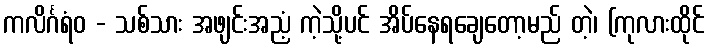
ကလိင်္ဂရံဝ - သစ်သား အဖျင်းအညံ့ ကဲ့သို့ပင် အိပ်နေရချေတော့မည် တဲ့၊ (ကုလားထိုင်